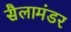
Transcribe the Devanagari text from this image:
सैलामंडर